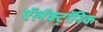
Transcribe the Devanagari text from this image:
ऍलॅक्ट्रॉनिक